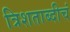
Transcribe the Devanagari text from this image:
त्रिशताब्दीचं